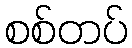
စစ်တပ်